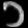
Digit: ၁